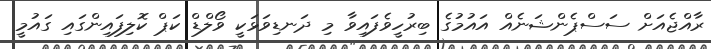
ރާއްޖެއަށް ސަސްޕެންޝަނެއް އައުމުގެ ބިރުހީވެފައިވާ މި ދަނޑިވަޅަކީ ވޯލްޑް ކަޕް ކޮލިފައިންގައި ގައުމީ